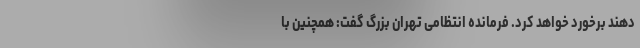
دهند برخورد خواهد کرد. فرمانده انتظامی تهران بزرگ گفت: همچنین با